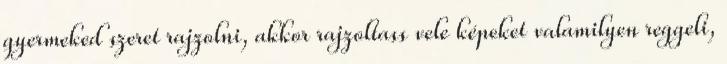
gyermeked szeret rajzolni, akkor rajzoltass vele képeket valamilyen reggeli,